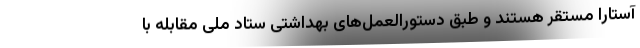
آستارا مستقر هستند و طبق دستورالعمل‌های بهداشتی ستاد ملی مقابله با